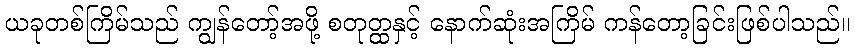
ယခုတစ်ကြိမ်သည် ကျွန်တော့်အဖို့ စတုတ္ထနှင့် နောက်ဆုံးအကြိမ် ကန်တော့ခြင်းဖြစ်ပါသည်။